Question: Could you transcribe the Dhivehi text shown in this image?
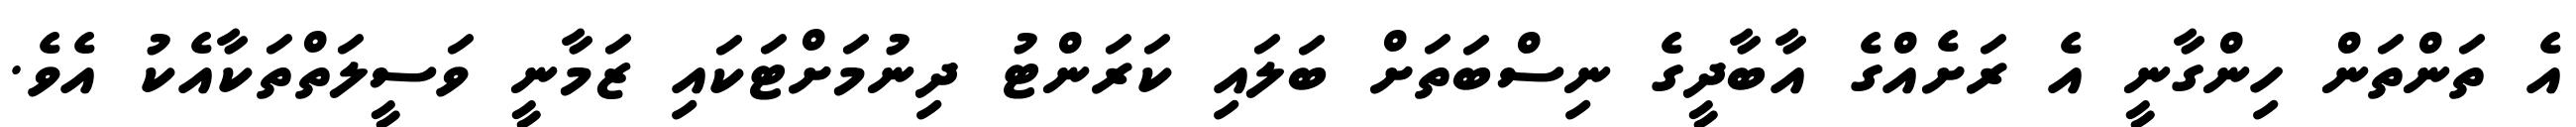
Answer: އެ ތަންތަން ހިންގާނީ އެ ރަށެއްގެ އާބާދީގެ ނިސްބަތަށް ބަލައި ކަރަންޓު ދިނުމަށްޓަކައި ޒަމާނީ ވަސީލަތްތަކާއެކު އެވެ.